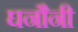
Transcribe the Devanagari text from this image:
घनौनी